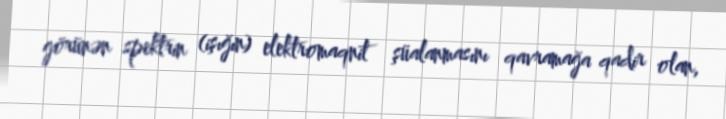
görünən spektrin (işığın) elektromaqnit şüalanmasını qavramağa qadir olan,